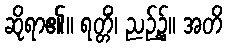
ဆိုရာ၏။ ရတ္တိံ၊ ညဉ့်၌။ အတိ